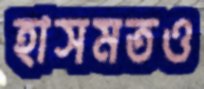
হাসমতও